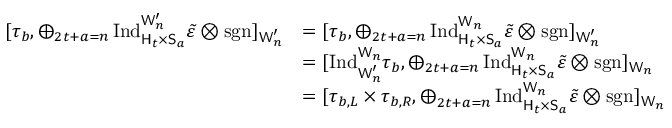
\begin{array} { r l } { [ \tau _ { b } , \bigoplus _ { \substack { 2 t + a = n } } \mathrm { I n d } _ { \mathsf { H } _ { t } \times \mathsf { S } _ { a } } ^ { \mathsf { W } _ { n } ^ { \prime } } \tilde { \varepsilon } \otimes \operatorname { s g n } ] _ { \mathsf { W } _ { n } ^ { \prime } } } & { = [ \tau _ { b } , \bigoplus _ { \substack { 2 t + a = n } } \mathrm { I n d } _ { \mathsf { H } _ { t } \times \mathsf { S } _ { a } } ^ { \mathsf { W } _ { n } } \tilde { \varepsilon } \otimes \operatorname { s g n } ] _ { \mathsf { W } _ { n } ^ { \prime } } } \\ & { = [ \mathrm { I n d } _ { \mathsf { W } _ { n } ^ { \prime } } ^ { \mathsf { W } _ { n } } \tau _ { b } , \bigoplus _ { \substack { 2 t + a = n } } \mathrm { I n d } _ { \mathsf { H } _ { t } \times \mathsf { S } _ { a } } ^ { \mathsf { W } _ { n } } \tilde { \varepsilon } \otimes \operatorname { s g n } ] _ { \mathsf { W } _ { n } } } \\ & { = [ \tau _ { b , L } \times \tau _ { b , R } , \bigoplus _ { \substack { 2 t + a = n } } \mathrm { I n d } _ { \mathsf { H } _ { t } \times \mathsf { S } _ { a } } ^ { \mathsf { W } _ { n } } \tilde { \varepsilon } \otimes \operatorname { s g n } ] _ { \mathsf { W } _ { n } } } \end{array}